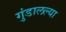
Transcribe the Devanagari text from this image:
गुंडालल्या